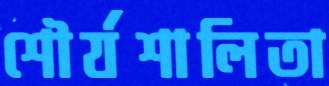
শৌর্যশালিতা